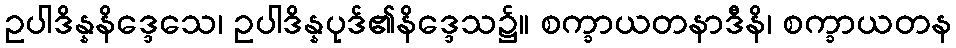
ဥပါဒိန္နနိဒ္ဒေသေ၊ ဥပါဒိန္နပုဒ်၏နိဒ္ဒေသ၌။ စက္ခာယတနာဒီနိ၊ စက္ခာယတန